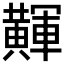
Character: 𪏕